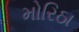
મોરિઠા